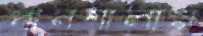
পানশালায়